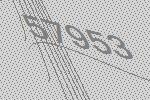
57953